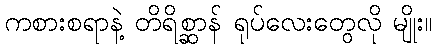
ကစားစရာနဲ့ တိရိစ္ဆာန် ရုပ်လေးတွေလို မျိုး။